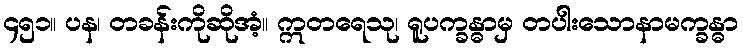
၄၅၁။ ပန၊ တခန်းကိုဆိုအံ့။ ဣတရေသု၊ ရူပက္ခန္ဓာမှ တပါးသောနာမက္ခန္ဓာ